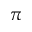
\pi